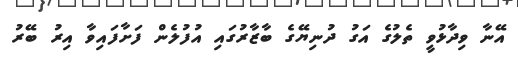
އޭނާ ވިދާޅުވީ ތެލުގެ އަގު ދުނިޔޭގެ ބާޒާރުގައި އުފުލެން ފަށާފައިވާ އިރު ބޭރު